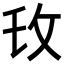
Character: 𫾧